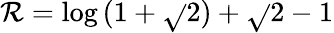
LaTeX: \mathcal{R}=\log{(1+\sqrt{}{{2}})}+\sqrt{}{{2}}-1